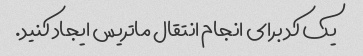
یک کد برای انجام انتقال ماتریس ایجاد کنید.